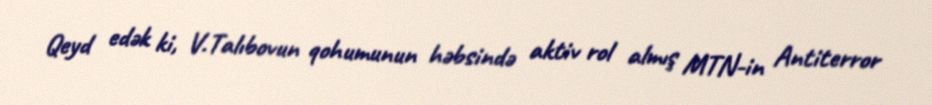
Qeyd edək ki, V.Talıbovun qohumunun həbsində aktiv rol almış MTN-in Antiterror